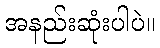
အနည်းဆုံးပါပဲ။